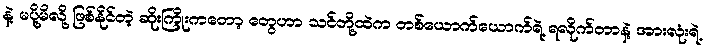
နဲ့ မပို့မိလို့ ဖြစ်နိုင်တဲ့ ဆိုးကြိုးကတော့ တွေဟာ သင်တို့ထဲက တစ်ယောက်ယောက်ရဲ့ ရလိုက်တာနဲ့ အားလုံးရဲ့